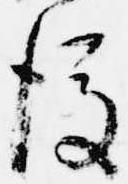
後